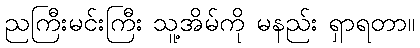
ညကြီးမင်းကြီး သူ့အိမ်ကို မနည်း ရှာရတာ။